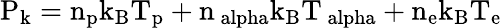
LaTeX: \mathrm{P_{k}=n_{p}k_{B}T_{p}+n_{\ alpha}k_{B}T_{\ alpha}+n_{e}k_{B}T_{e}}